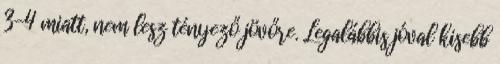
3-4 miatt, nem lesz tényező jövőre. Legalábbis jóval kisebb